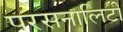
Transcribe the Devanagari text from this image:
परसनालिटी